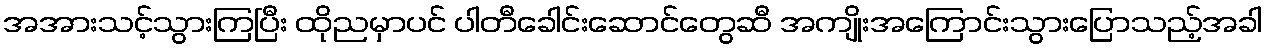
အအားသင့်သွားကြပြီး ထိုညမှာပင် ပါတီခေါင်းဆောင်တွေဆီ အကျိုးအကြောင်းသွားပြောသည့်အခါ